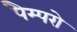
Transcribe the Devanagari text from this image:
पैम्परो